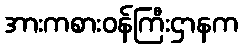
အားကစားဝန်ကြီးဌာနက